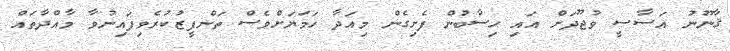
ޤާނޫނު އަސާސީ ވުޖޫދަށް އައި ހިސާބުން ފެށިގެން މިއަދާ ހަމަޔަށްވެސް ތަންފީޒުކުރެވިފައިނުވާ މާއްދާތައް